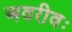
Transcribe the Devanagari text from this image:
अवरीवः